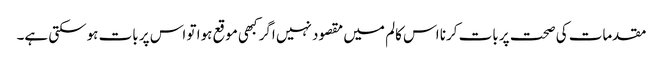
مقدمات کی صحت پر بات کرنا اس کالم میں مقصود نہیں اگر کبھی موقع ہوا تو اس پر بات ہوسکتی ہے۔